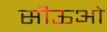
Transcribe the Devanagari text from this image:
सीऊओ